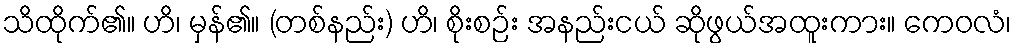
သိထိုက်၏။ ဟိ၊ မှန်၏။ (တစ်နည်း) ဟိ၊ စိုးစဉ်း အနည်းငယ် ဆိုဖွယ်အထူးကား။ ကေဝလံ၊